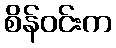
စိန်ဝင်းက